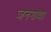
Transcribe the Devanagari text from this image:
जनगाथा